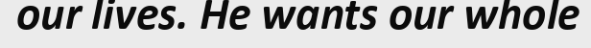
our lives. He wants our whole